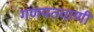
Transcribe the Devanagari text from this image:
गणपतवाणी